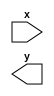
`timescale 1ns / 1ps

module long_and #(
    parameter LENGTH=8
) (
    input [LENGTH-1:0]x,
    output y
);

wire [LENGTH-1:0] chain;
assign chain[0] = 1'b1; // Inaczej ni OR (bez 1 na wyjciu zawsze byoby 0)

genvar v;

generate
    for(v=0; v<LENGTH-1; v=v+1)
    begin
        assign chain[v+1] = x[v] & chain[v];
    end
endgenerate

assign y = chain[LENGTH];

endmodule